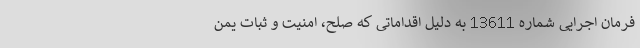
فرمان اجرایی شماره 13611 به دلیل اقداماتی که صلح، امنیت و ثبات یمن